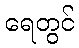
ရေတွင်